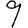
Digit: 9